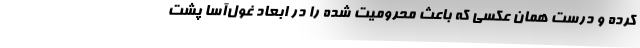
کرده و درست همان عکسی که باعث محرومیت شده را در ابعاد غول‌آسا پشت